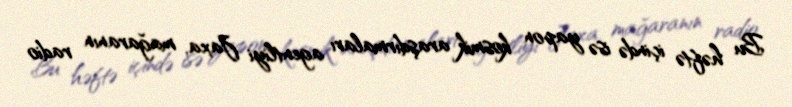
Bu həftə içində isə yapon kosmik araşdırmaları agentliyi Jaxa, mağaranın radio